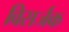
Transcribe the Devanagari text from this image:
विसर्जक